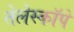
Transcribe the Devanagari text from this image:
तेलेस्कॉपे